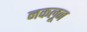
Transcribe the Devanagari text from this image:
नकलून